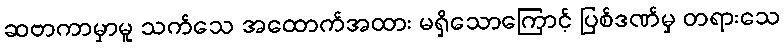
ဆဗာကာမှာမူ သက်သေ အထောက်အထား မရှိသောကြောင့် ပြစ်ဒဏ်မှ တရားသေ